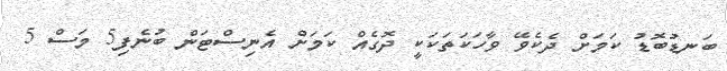
ބަނޑުބޮޑު ކަމަށް ދެކެވޭ ވާހަކަތަކަކީ ދޮގެއް ކަމަށް އެނިސްޓަން ބުނެފި5 މަސް 5